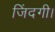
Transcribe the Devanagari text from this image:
जिंदगी।